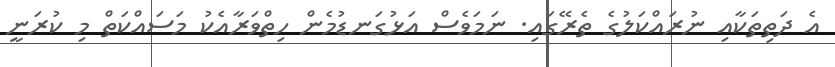
އެ ދަތިތަކާއި ނުރައްކަލުގެ ތެރޭގައި. ނަމަވެސް އަޅުގަނޑުމެން ހިތްވަރާއެކު މަސައްކަތް މި ކުރަނީ